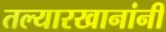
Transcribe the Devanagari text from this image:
तल्यारखानांनी